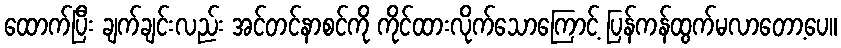
ထောက်ပြီး ချက်ချင်းလည်း အင်တင်နာစင်ကို ကိုင်ထားလိုက်သောကြောင့် ပြန်ကန်ထွက်မလာတော့ပေ။